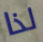
لذا